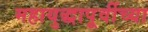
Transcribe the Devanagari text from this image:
महायुद्धापूर्वीच्या